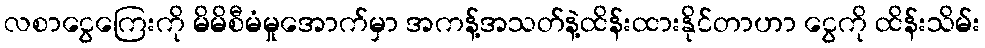
လစာငွေကြေးကို မိမိစီမံမှုအောက်မှာ အကန့်အသတ်နဲ့ထိန်းထားနိုင်တာဟာ ငွေကို ထိန်းသိမ်း